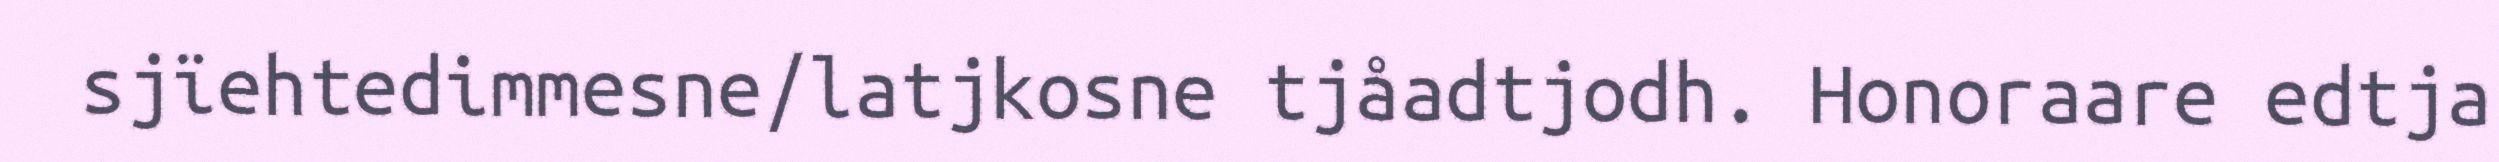
sjïehtedimmesne/latjkosne tjåadtjodh. Honoraare edtja